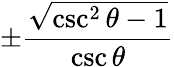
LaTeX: \pm{\frac{\sqrt{\csc^{2}\theta-1}}{\csc\theta}}